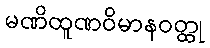
မဏိထူဏဝိမာနဝတ္ထု